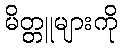
မိတ္တူများကို